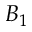
B _ { 1 }